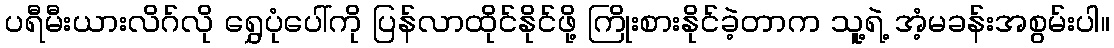
ပရီမီးယားလိဂ်လို ရွှေပုံပေါ်ကို ပြန်လာထိုင်နိုင်ဖို့ ကြိုးစားနိုင်ခဲ့တာက သူ့ရဲ့ အံ့မခန်းအစွမ်းပါ။